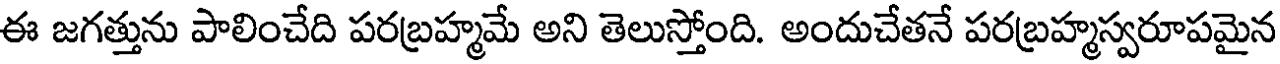
ఈ జగత్తును పాలించేది పరబ్రహ్మమే అని తెలుస్తోంది. అందుచేతనే పరబ్రహ్మస్వరూపమైన